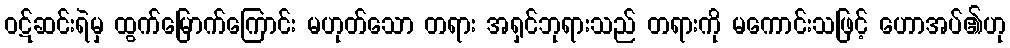
ဝဋ်ဆင်းရဲမှ ထွက်မြောက်ကြောင်း မဟုတ်သော တရား အရှင်ဘုရားသည် တရားကို မကောင်းသဖြင့် ဟောအပ်၏ဟု